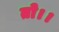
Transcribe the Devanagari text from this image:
तो।।